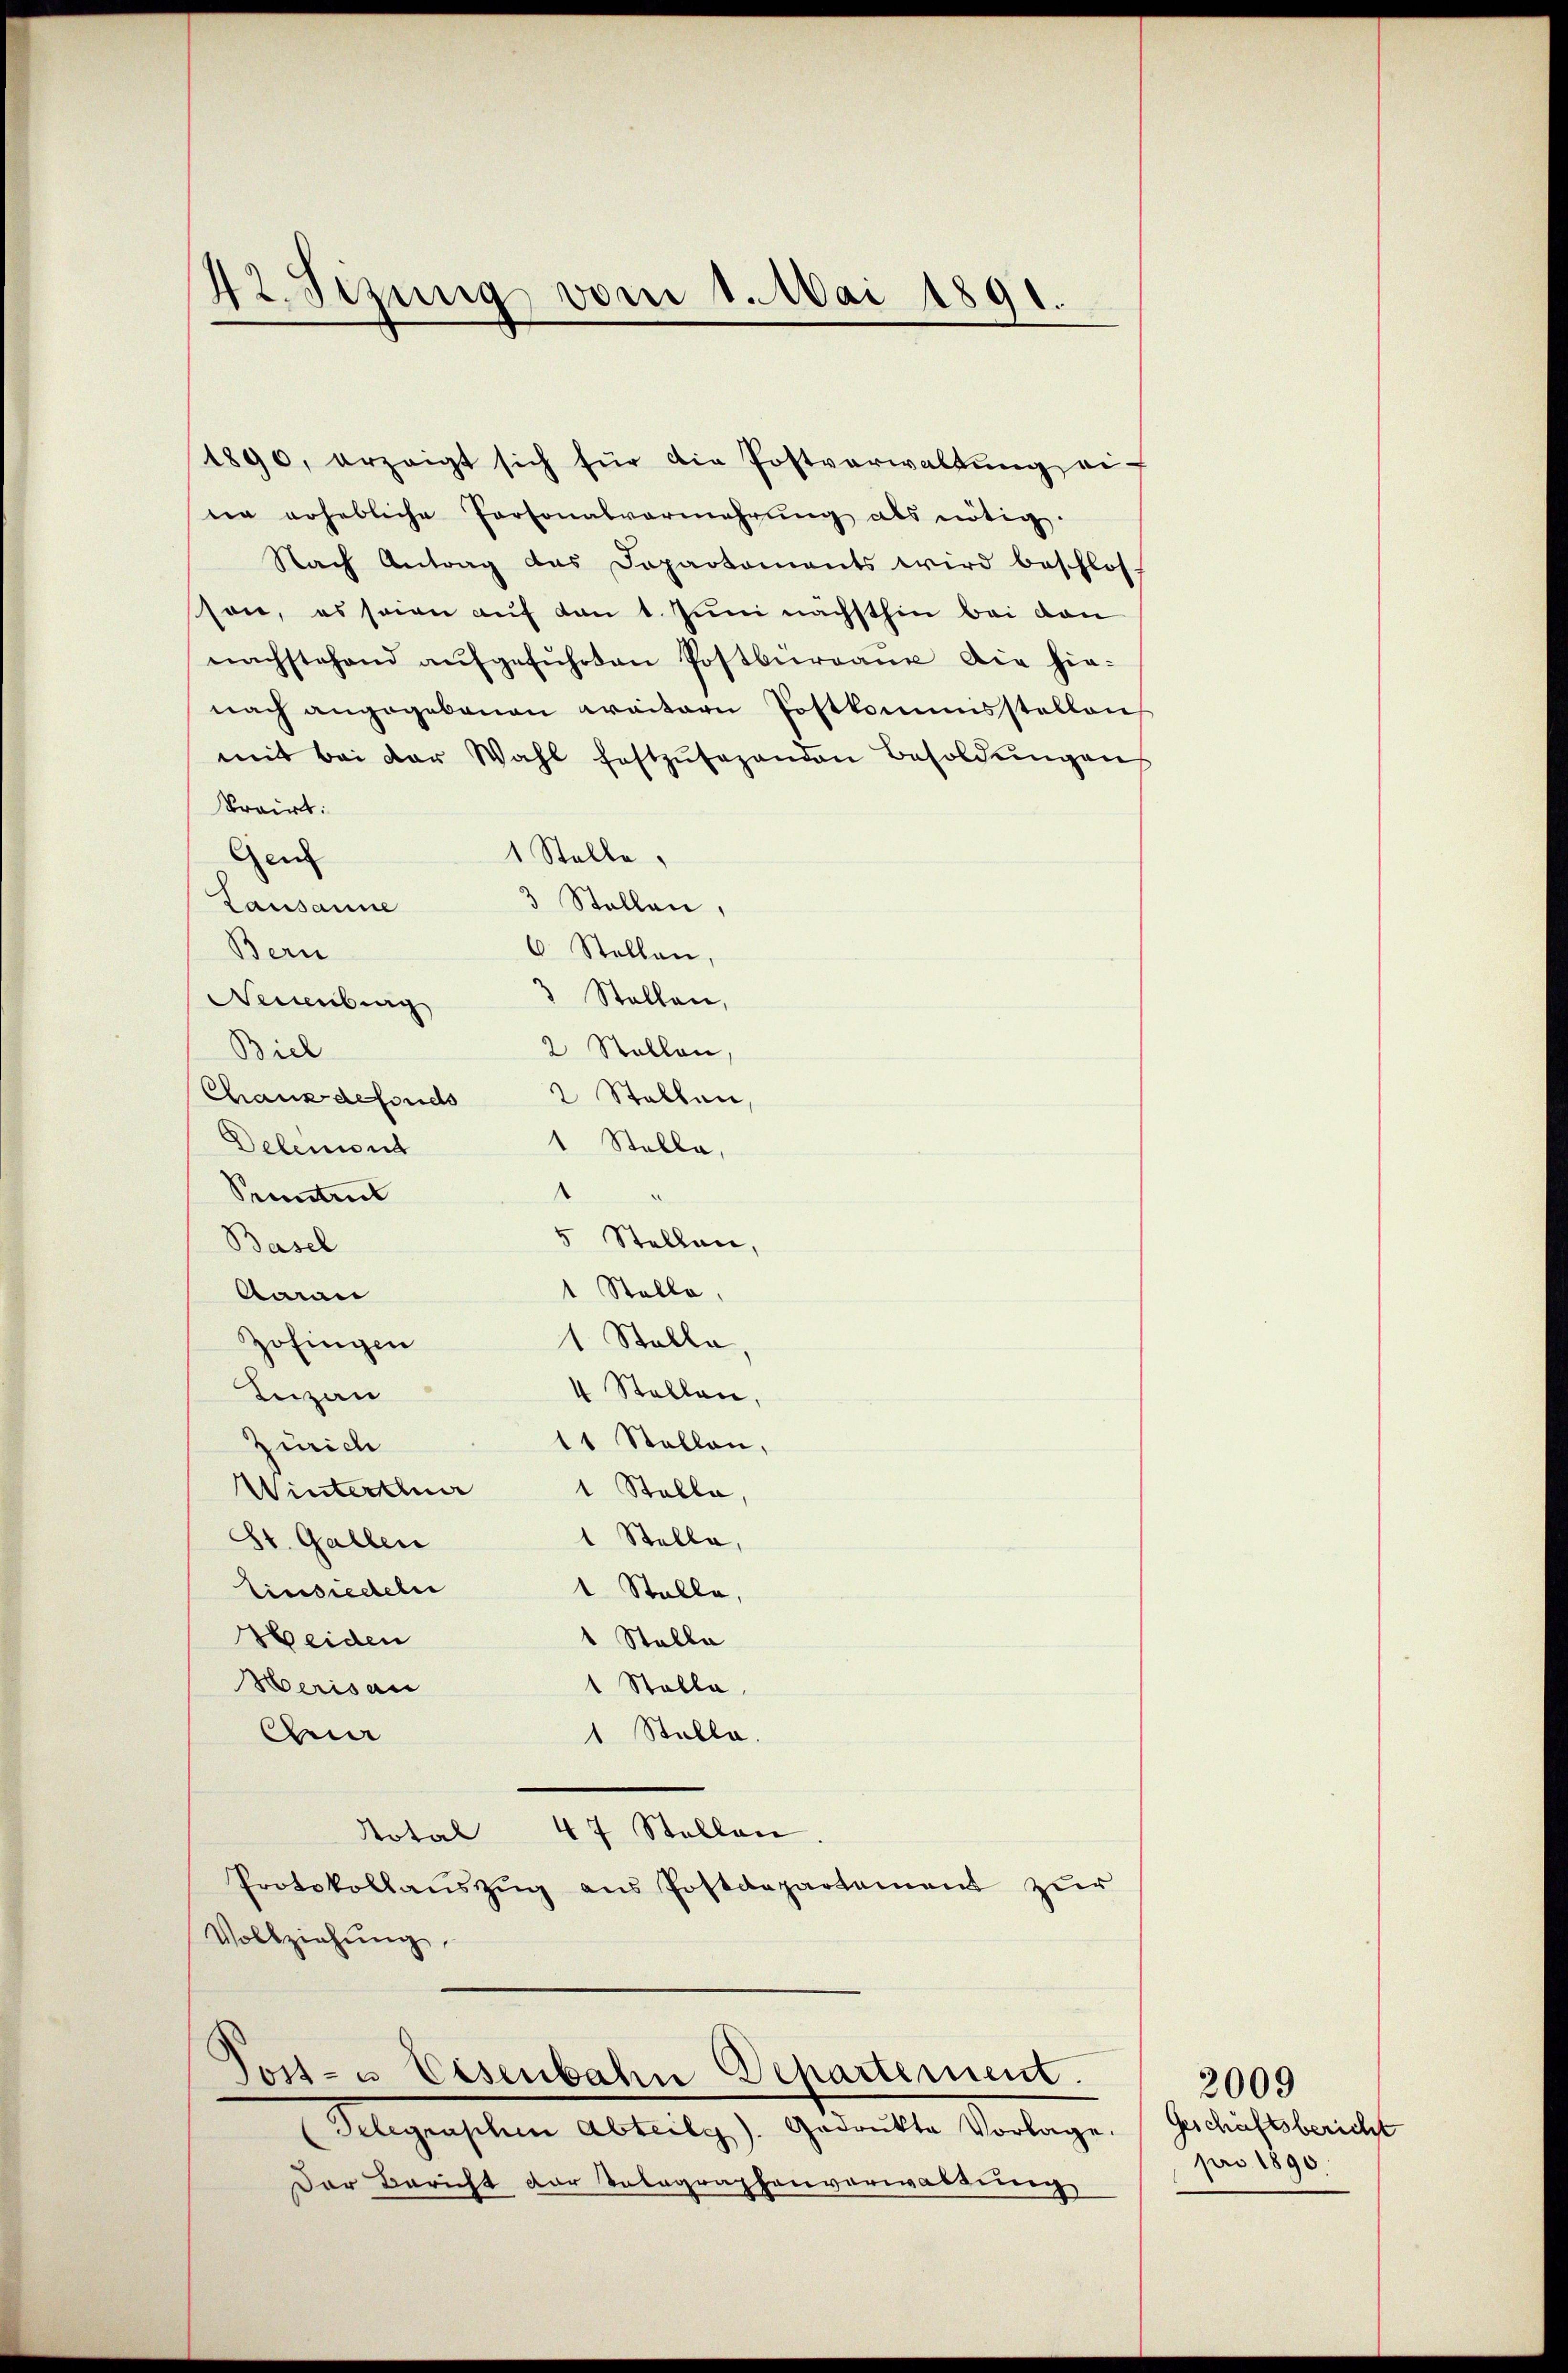
42. Sizung vom 1. Mai 1891.

1890, erzeigt sich für die Postverwaltŭng ei-
den erhebliche Personalvermehrung als nötig.
Nach Antrag das Departaments wird beschlos
son, es seien auf von 1. Juni nächsthin bei von
nachstehend aŭfgeführten Postbüreaŭe die hie-
nach angegebenen weitern Postkommisstellen
mit bei der Wahl festzŭsehenden Besoldŭngen
brairt:
1 Stelle,
Gem
3 Stallen,
Lausanne
Bern
6 Stellen.
3 Stellen,
Neuenburg
2 Stallon,
Biel
Chauxdefsuchs 2 Stellen
1 Stelle,
Delemend
Pruntrut
5 Stellen,
Basel
1 Stelle
Aarau
Stalle
Zofingen
4 Stellen,
Luzau
11 Stallen,
Zürich
Winterthur
1 Stelle,
1 Stelle,
St. Gallen
Einsiedeln
1. Stalle
Meiden
1 Stalla
Herisau
1 Stolla,
1 Stalle.
Ae
Notal 47 Stellen
Protokollauszug aus Postdepartement zur
Vollziehŭng

Post- u Eisenbahn Departement.

Gelegraschen Abteilg). Gedrukte Vorlage. Geschäftsbericht
Der Bericht der Telegraphenverwaltung

pro 1890.

2009